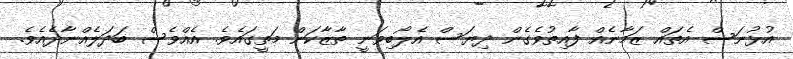
އުޅުނަސް އެތައް ޒަމާނެއް ފާއިތުވެގެން ދިޔަސް އެލޯބިވަނީ ތާޒާކަން މަތީގައެވެ. އެއްވެސް ބަދަލެއްނާދެއެވެ.